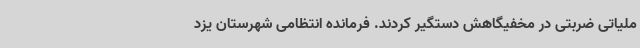
ملیاتی ضربتی در مخفیگاهش دستگیر کردند. فرمانده انتظامی شهرستان یزد